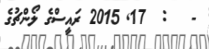
-   :  17